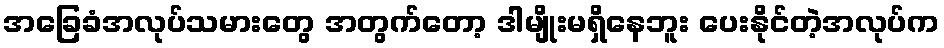
အခြေခံအလုပ်သမားတွေ အတွက်တော့ ဒါမျိုးမရှိနေဘူး ပေးနိုင်တဲ့အလုပ်က